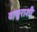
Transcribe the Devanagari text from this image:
वायुराशी